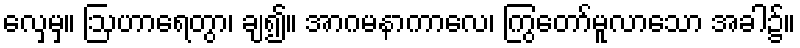
လှေမှ။ ဩဟာရေတွာ၊ ချ၍။ အာဂမနာကာလေ၊ ကြွတော်မူလာသော အခါ၌။